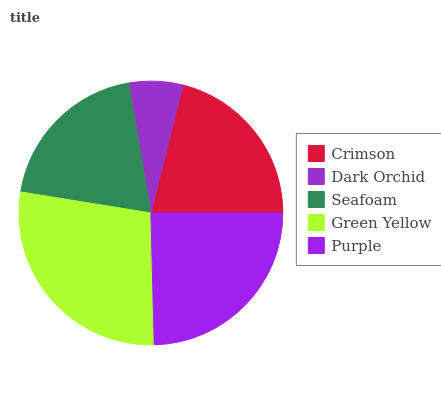
| Crimson | Dark Orchid | Seafoam | Green Yellow | Purple |
 | --- | --- | --- | --- | --- |
 | 21.1% | 6.58% | 19.7% | 28% | 24.6% |